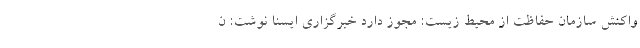
واکنش سازمان حفاظت از محیط زیست: مجوز دارد خبرگزاری ایسنا نوشت: ن